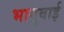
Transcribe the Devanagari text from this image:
भागूबाई